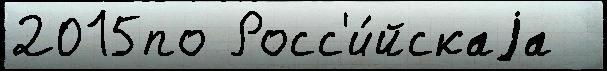
2015по Росс'и́йскаjа